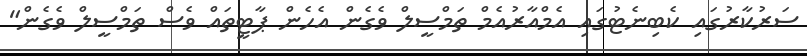
ސަރުކާރުގައި ކެބިނެޓުގައި އެމްއާރުއެމް ތަމްސީލް ވެގެން އެހެން ޕާޓީތައް ވެސް ތަމްސީލް ވެގެން"